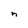
Character: n